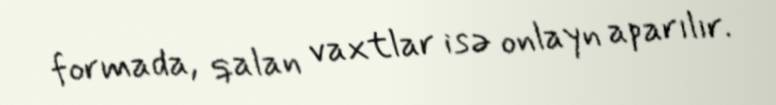
formada, qalan vaxtlar isə onlayn aparılır.